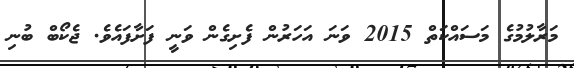
މަރާލުމުގެ މަސައްކަތް 2015 ވަނަ އަހަރުން ފެށިގެން ވަނީ ފަށާފައެވެ. ޖެކޯބް ބުނި